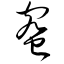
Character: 蜜